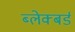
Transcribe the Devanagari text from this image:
ब्लेक्बर्ड